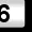
Digit: 6